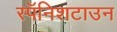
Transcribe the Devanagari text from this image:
स्पॅनिशटाउन